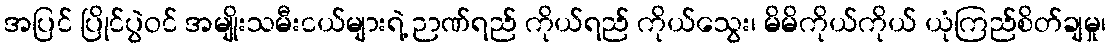
အပြင် ပြိုင်ပွဲဝင် အမျိုးသမီးငယ်များရဲ့ ဉာဏ်ရည် ကိုယ်ရည် ကိုယ်သွေး၊ မိမိကိုယ်ကိုယ် ယုံကြည်စိတ်ချမှု၊